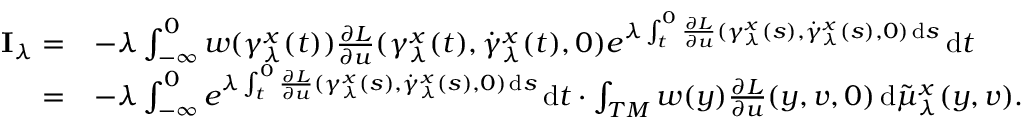
\begin{array} { r l } { \mathbf { I } _ { \lambda } = } & { - \lambda \int _ { - \infty } ^ { 0 } w ( \gamma _ { \lambda } ^ { x } ( t ) ) \frac { \partial L } { \partial u } ( \gamma _ { \lambda } ^ { x } ( t ) , \dot { \gamma } _ { \lambda } ^ { x } ( t ) , 0 ) e ^ { \lambda \int _ { t } ^ { 0 } \frac { \partial L } { \partial u } ( \gamma _ { \lambda } ^ { x } ( s ) , \dot { \gamma } _ { \lambda } ^ { x } ( s ) , 0 ) \, \mathrm { d } s } \, \mathrm { d } t } \\ { = } & { - \lambda \int _ { - \infty } ^ { 0 } e ^ { \lambda \int _ { t } ^ { 0 } \frac { \partial L } { \partial u } ( \gamma _ { \lambda } ^ { x } ( s ) , \dot { \gamma } _ { \lambda } ^ { x } ( s ) , 0 ) \, \mathrm { d } s } \, \mathrm { d } t \cdot \int _ { T M } w ( y ) \frac { \partial L } { \partial u } ( y , v , 0 ) \, \mathrm { d } \tilde { \mu } _ { \lambda } ^ { x } ( y , v ) . } \end{array}